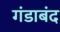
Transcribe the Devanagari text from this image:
गंडाबंद